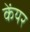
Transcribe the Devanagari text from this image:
केंयर